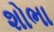
શોભા